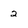
Character: 2